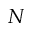
N